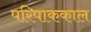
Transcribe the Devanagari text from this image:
परिपाककाल